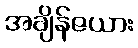
အချိန်ဇယား